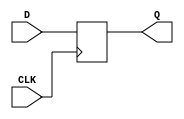
module myDFF (output reg Q, input CLK, D);
	parameter [0:0] INIT = 1'b0;
	initial Q = INIT;
	always @(posedge CLK)
		Q <= D;
endmodule